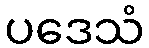
ပဒေသံ